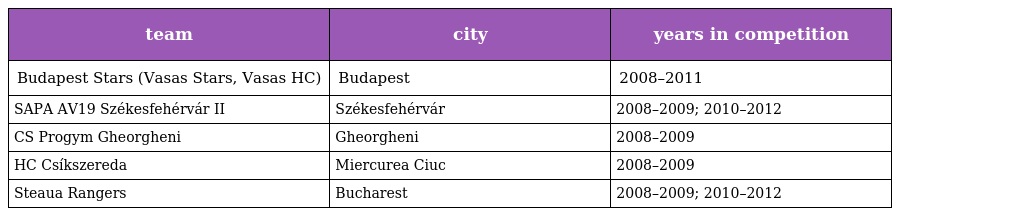
| team | city | years in competition |
 | --- | --- | --- |
 | Budapest Stars (Vasas Stars, Vasas HC) | Budapest | 2008–2011 |
 | SAPA AV19 Székesfehérvár II | Székesfehérvár | 2008–2009; 2010–2012 |
 | CS Progym Gheorgheni | Gheorgheni | 2008–2009 |
 | HC Csíkszereda | Miercurea Ciuc | 2008–2009 |
 | Steaua Rangers | Bucharest | 2008–2009; 2010–2012 |